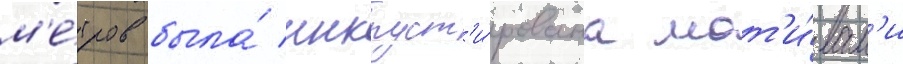
м'е́тров была́ инкруст'и́рована мот'и́вам'и